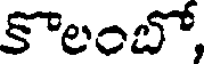
కొలంబో,